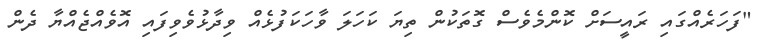
"ފަހަރެއްގައި ރައީސަށް ކޮންމެވެސް ގޮތަކުން ތިޔަ ކަހަލަ ވާހަކަފުޅެއް ވިދާޅުވެވިފައި އޮވެއްޖެއްޔާ ދެން